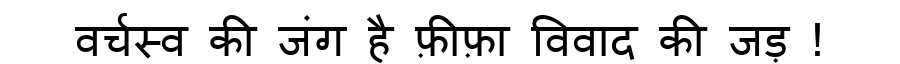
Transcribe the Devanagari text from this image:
वर्चस्व की जंग है फ़ीफ़ा विवाद की जड़ !